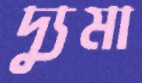
দ্যুমা